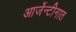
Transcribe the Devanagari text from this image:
आर्जेन्टीनात